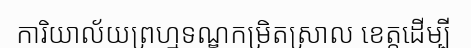
ការិយាល័យព្រហ្មទណ្ឌកម្រិតស្រាល ខេត្តដើម្បី